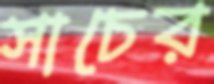
সাচের